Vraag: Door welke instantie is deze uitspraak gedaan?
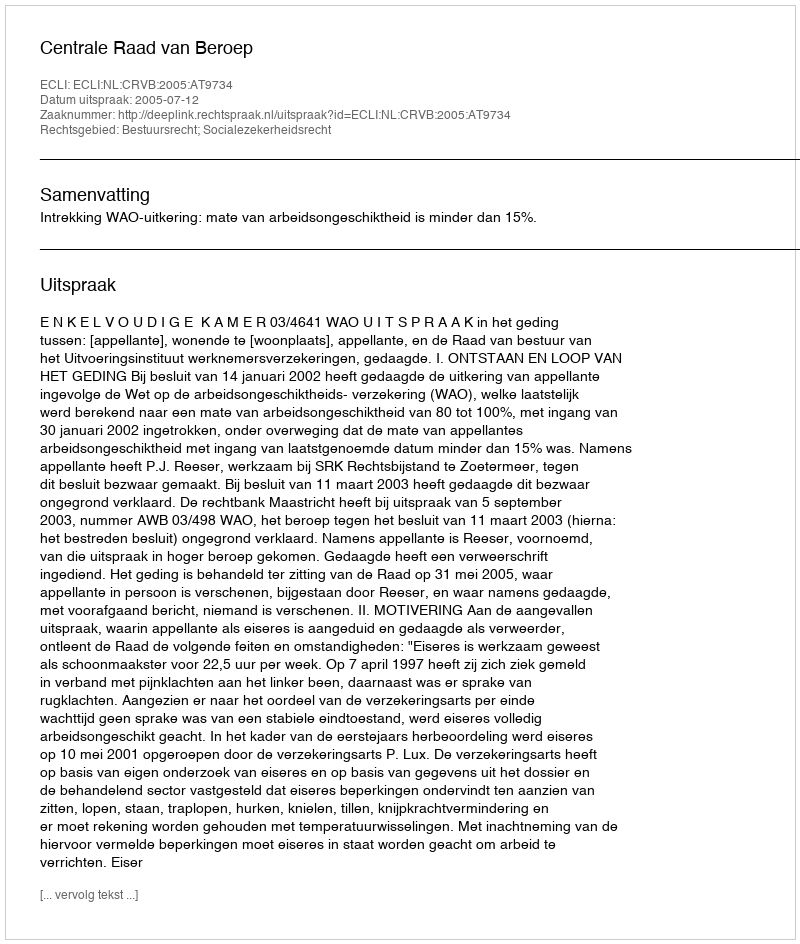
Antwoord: Centrale Raad van Beroep